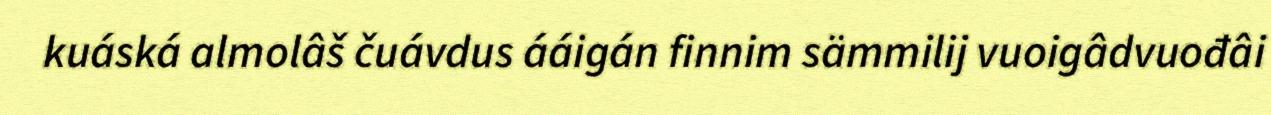
kuáská almolâš čuávdus ááigán finnim sämmilij vuoigâdvuođâi